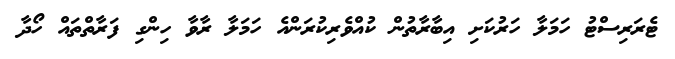
ޓެރަރިސްޓު ހަމަލާ ހަރުކަށި އިބާރާތުން ކުއްވެރިކުރަންއެ ހަމަލާ ރާވާ ހިންގި ފަރާތްތައް ހޯދާ